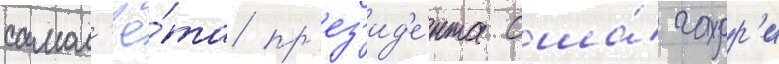
самол'ё́та пр'ез'ид'е́нта сша́ гарр'и